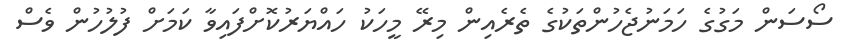
ސޯސަން މަގުގެ ހަމަނުޖެހުންތަކުގެ ތެރެއިން މިރޭ މީހަކު ހައްޔަރުކޮށްފައިވާ ކަމަށް ފުލުހުން ވެސް